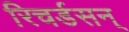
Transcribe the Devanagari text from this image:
रिचर्डसन्